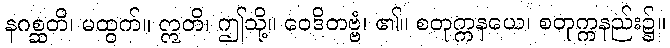
နဂစ္ဆတိ၊ မထွက်။ ဣတိ၊ ဤသို့။ ဝေဒိတဗ္ဗံ၊ ၏။ စတုက္ကနယေ၊ စတုက္ကနည်း၌။